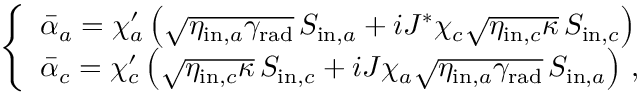
\begin{array} { r } { \left\{ \begin{array} { l l } { \bar { \alpha } _ { a } = \chi _ { a } ^ { \prime } \left( \sqrt { \eta _ { \mathrm { i n } , a } \gamma _ { \mathrm { r a d } } } \, S _ { \mathrm { i n } , a } + i J ^ { * } \chi _ { c } \sqrt { \eta _ { \mathrm { i n } , c } \kappa } \, S _ { \mathrm { i n } , c } \right) } \\ { \bar { \alpha } _ { c } = \chi _ { c } ^ { \prime } \left( \sqrt { \eta _ { \mathrm { i n } , c } \kappa } \, S _ { \mathrm { i n } , c } + i J \chi _ { a } \sqrt { \eta _ { \mathrm { i n } , a } \gamma _ { \mathrm { r a d } } } \, S _ { \mathrm { i n } , a } \right) \, , } \end{array} \right. } \end{array}